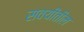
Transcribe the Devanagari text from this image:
सवयींतील